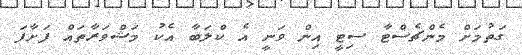
ގަތުމަށް މެންޗެސްޓާ ސިޓީ އިން ވަނީ އެ ކްލަބާ އެކު މަޝްވަރާތައް ފަށާފަ